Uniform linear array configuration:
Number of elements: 12
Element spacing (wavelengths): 0.75
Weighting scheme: exponential
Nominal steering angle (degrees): -45
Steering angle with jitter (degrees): -43.521
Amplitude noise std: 0.05
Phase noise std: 0.05

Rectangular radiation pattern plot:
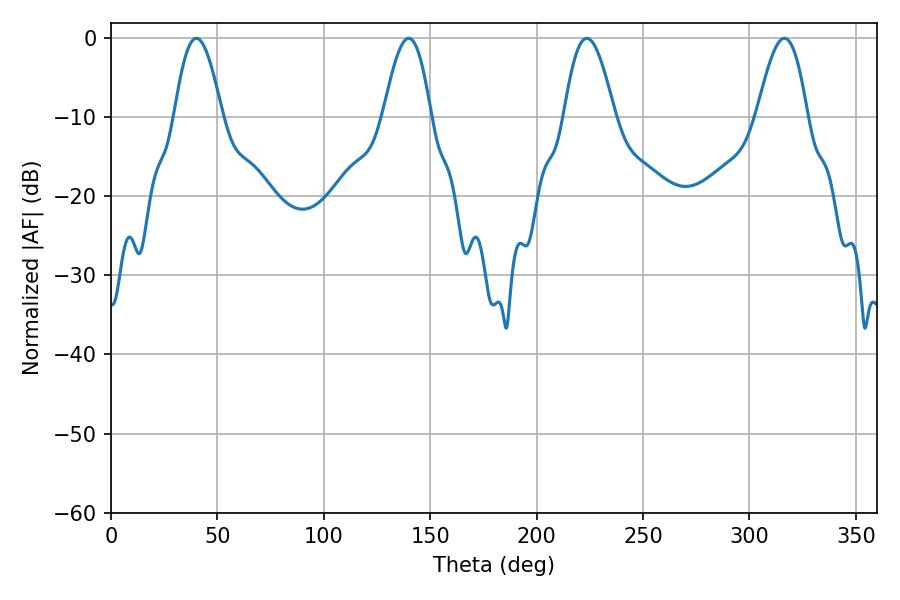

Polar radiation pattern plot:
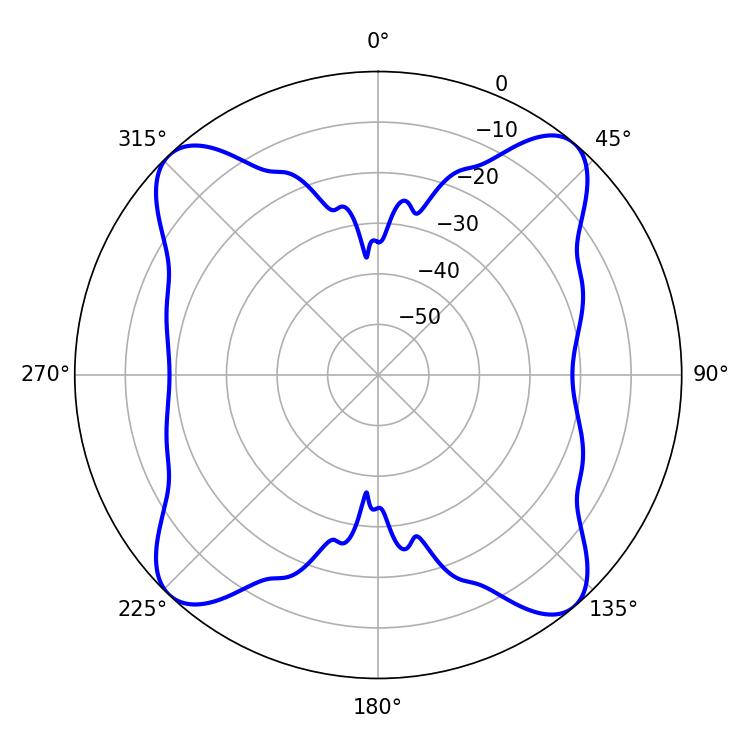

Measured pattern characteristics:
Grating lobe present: TRUE
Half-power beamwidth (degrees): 12.96
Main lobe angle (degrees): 223.56